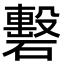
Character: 礊